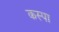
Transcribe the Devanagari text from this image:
कस्पा